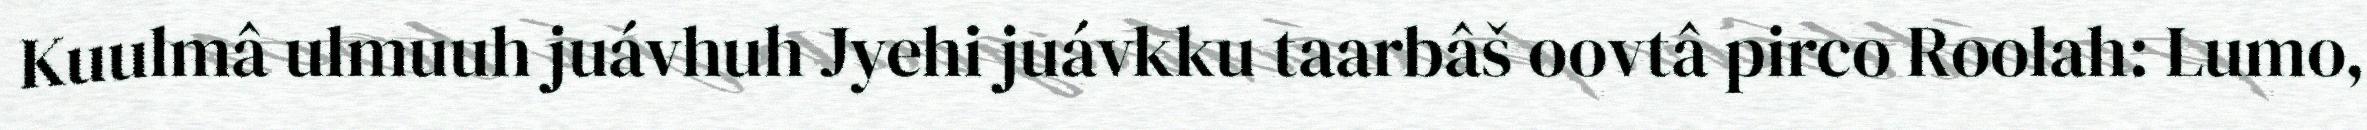
Kuulmâ ulmuuh juávhuh Jyehi juávkku taarbâš oovtâ pirco Roolah: Lumo,